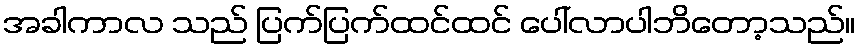
အခါကာလ သည် ပြက်ပြက်ထင်ထင် ပေါ်လာပါဘိတော့သည်။